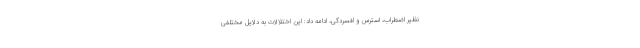
نظیر اضطراب، استرس و افسردگی، ادامه داد: این اختلالات به دلایل مختلفی